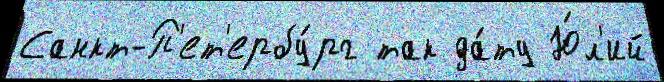
Санкт-П'ет'ербу́рг так да́ту Ю́л'ий